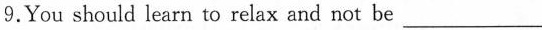
9.You should learn to relax and not be ___